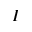
I